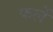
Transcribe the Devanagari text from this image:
फलें